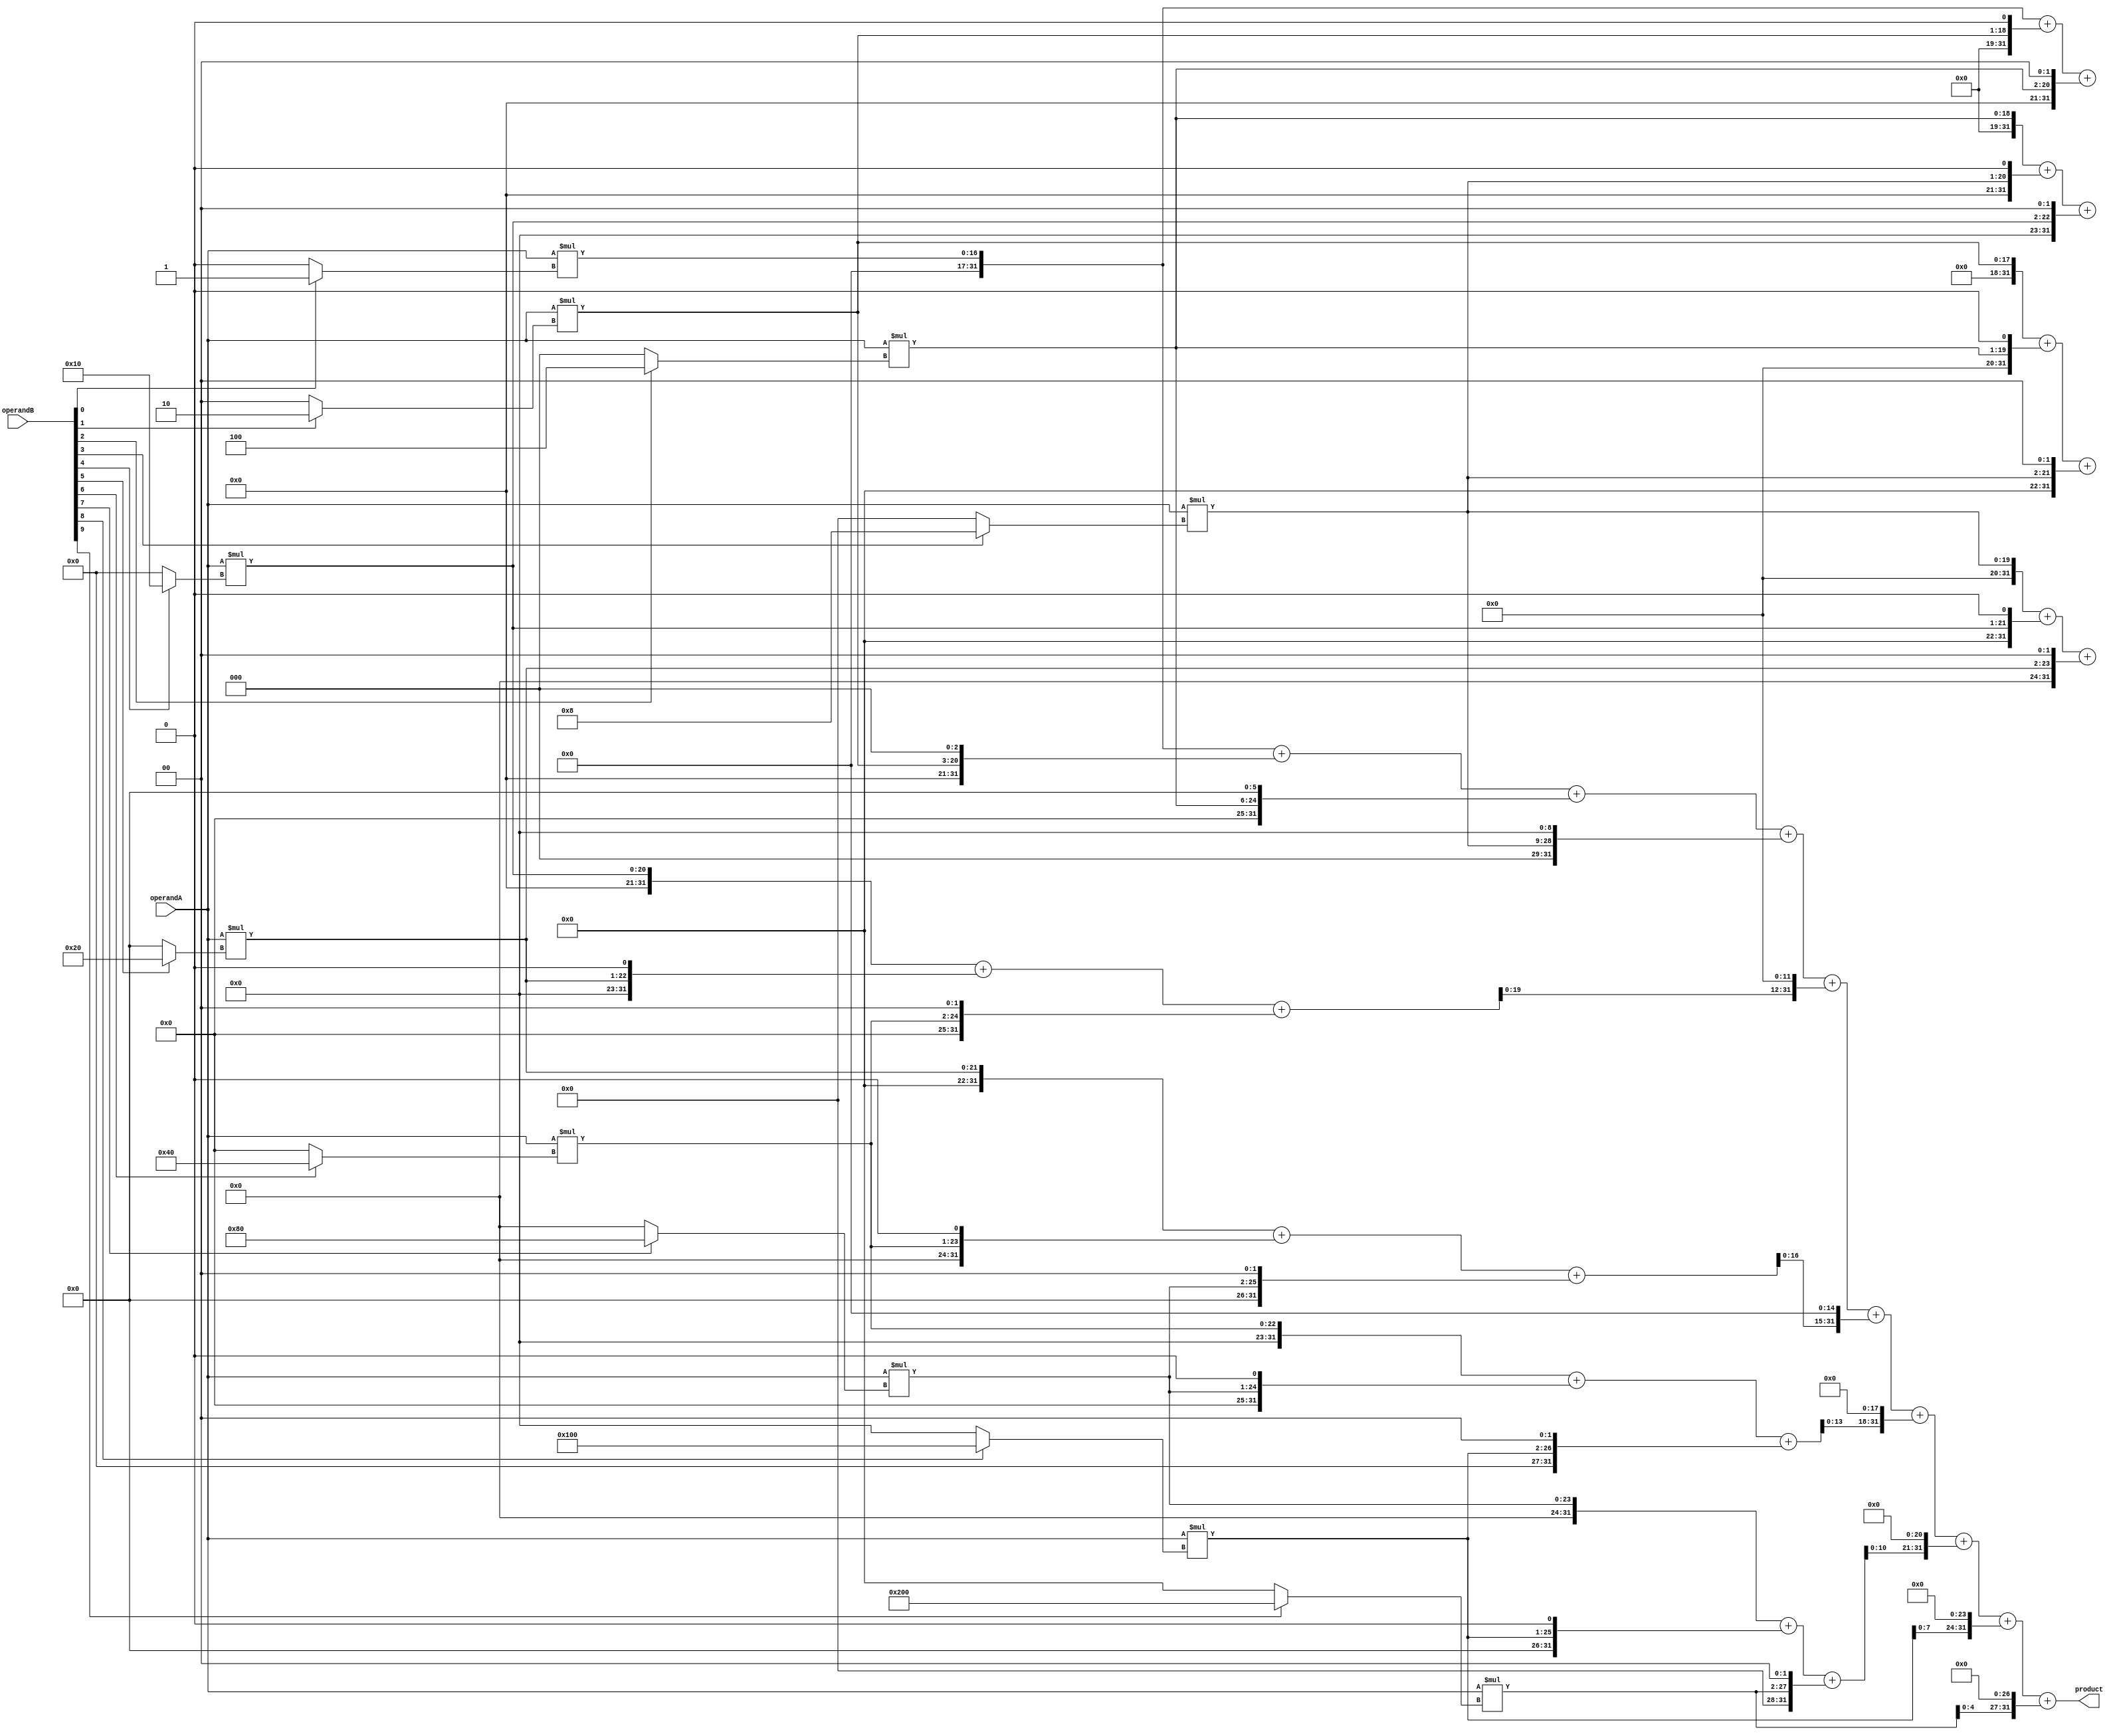
module Wallace_Tree_Multiplier(
    input [15:0] operandA,
    input [15:0] operandB,
    output reg [31:0] product
);

reg [31:0] partialProducts [9:0]; // Array to store partial products

// Generate the partial products
generate
  genvar i;
  for (i = 0; i < 10; i = i + 1) begin
    assign partialProducts[i] = operandA * (operandB[i] ? (1 << i) : 0);
  end
endgenerate

// Compressors tree stage 0
always @* begin
    partialProducts[0] = partialProducts[0] + (partialProducts[1] << 1) + (partialProducts[2] << 2);
    partialProducts[1] = partialProducts[1] + (partialProducts[2] << 1) + (partialProducts[3] << 2);
    partialProducts[2] = partialProducts[2] + (partialProducts[3] << 1) + (partialProducts[4] << 2);
    partialProducts[3] = partialProducts[3] + (partialProducts[4] << 1) + (partialProducts[5] << 2);
    partialProducts[4] = partialProducts[4] + (partialProducts[5] << 1) + (partialProducts[6] << 2);
    partialProducts[5] = partialProducts[5] + (partialProducts[6] << 1) + (partialProducts[7] << 2);
    partialProducts[6] = partialProducts[6] + (partialProducts[7] << 1) + (partialProducts[8] << 2);
    partialProducts[7] = partialProducts[7] + (partialProducts[8] << 1) + (partialProducts[9] << 2);
end

// Final adder stage
always @* begin
    product = partialProducts[0] + (partialProducts[1] << 3) + (partialProducts[2] << 6) + (partialProducts[3] << 9) + 
        (partialProducts[4] << 12) + (partialProducts[5] << 15) + (partialProducts[6] << 18) + 
        (partialProducts[7] << 21) + (partialProducts[8] << 24) + (partialProducts[9] << 27);
end

endmodule